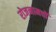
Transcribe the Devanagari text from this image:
रोजनामचों